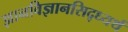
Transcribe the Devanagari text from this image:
ज्ञानविज्ञानसिद्ध्यर्थं